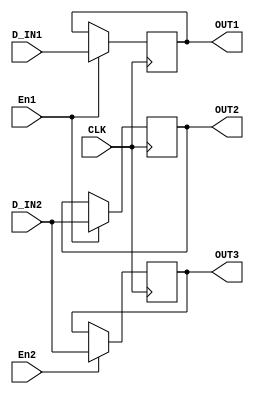
`timescale 1ns / 1ps

module Test12(input CLK, input En1, input En2, input D_IN1, input D_IN2, output reg OUT1, output reg OUT2, output reg OUT3);
    always@(posedge CLK) begin
        if(En1)
            OUT1 <= D_IN1;
    end
    always@(posedge CLK) begin
        if(En1)
            OUT2 <= D_IN2;
    end
    always@(posedge CLK) begin
        if(En2)
            OUT3 <= D_IN2;
    end
endmodule